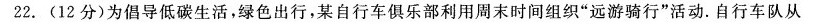
22.(12分)为倡导低碳生活，绿色出行，某自行车俱乐部利用周末时间组织”远游骑行”活动。自行车队从